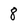
Character: 8